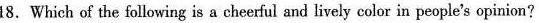
18.Which of the following is a cheerful and lively color in people's opinion?